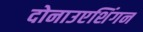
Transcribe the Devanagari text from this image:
दोनाउएशिंगन